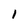
Character: 1